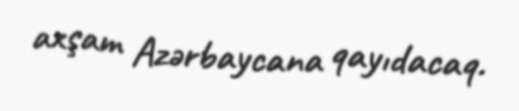
axşam Azərbaycana qayıdacaq.